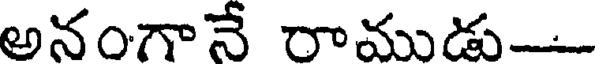
అనంగానే రాముడు-